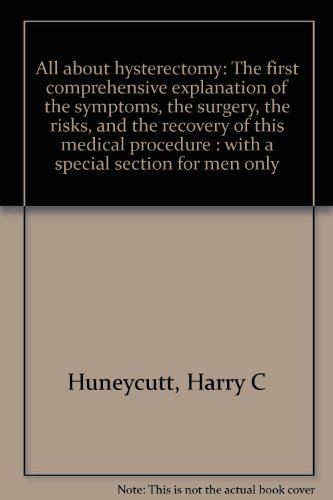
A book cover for All about hysterectomy: The first comprehensive explanation of the symptoms, the surgery, the risks, and the recovery of this medical procedure : with a special section for men only; Harry C Huneycutt; Medical Books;